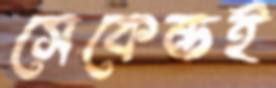
সেকেন্ডই